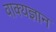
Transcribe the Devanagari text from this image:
वाक्यज्ञान